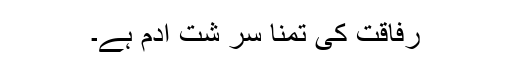
رفاقت کی تمنا سر شتِ آدم ہے۔